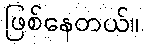
ဖြစ်နေတယ်။